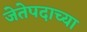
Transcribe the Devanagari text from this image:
जेतेपदाच्या